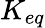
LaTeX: K_{eq}